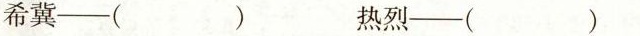
希冀——（ ） 热烈——（ ）